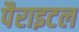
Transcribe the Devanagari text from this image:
पैराइटल